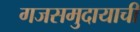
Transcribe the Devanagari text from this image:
गजसमुदायाची